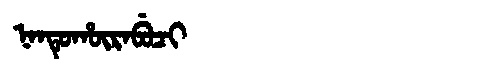
Manchu: ᠨᠠᠨᡨᡠᡥᡡᡵᠠᠪᡠᠴᡳ
Romanization: NANTUHŪRABUCI